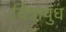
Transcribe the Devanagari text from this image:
चित्रायुध